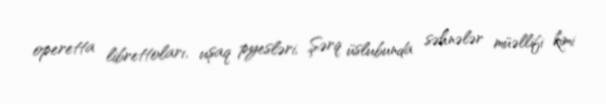
operetta librettoları, uşaq pyesləri, Şərq üslubunda səhnələr müəllifi kimi